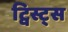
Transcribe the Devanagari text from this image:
ट्विस्ट्स